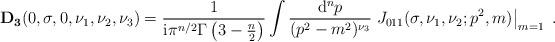
LaTeX: \begin{align*}{\bf D_3}(0,\sigma,0,\nu_1, \nu_2, \nu_3)= \frac{1}{{\rm i} \pi^{n/2}\Gamma\left(3-\frac{n}{2} \right)} \int \frac{{\rm d}^n p}{(p^2-m^2)^{\nu_3}}\left.J_{011}(\sigma,\nu_1,\nu_2;p^2,m)\right|_{m=1} \; .\end{align*}